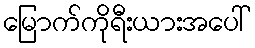
မြောက်ကိုရီးယားအပေါ်